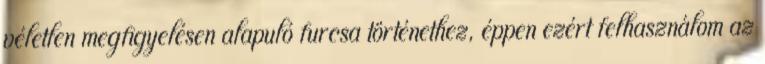
véletlen megfigyelésen alapuló furcsa történethez, éppen ezért felhasználom az